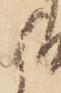
御